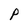
Character: P